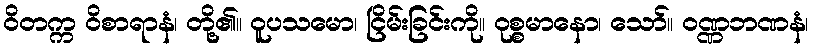
ဝိတက္က ဝိစာရာနံ၊ တို့၏။ ဝူပသမော၊ ငြိမ်းခြင်းကို။ ဝုစ္စမာနော၊ သော်။ ဝဏ္ဏဘဏနံ၊